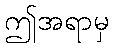
ဤအရာမှ